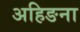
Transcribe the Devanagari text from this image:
अहिङना